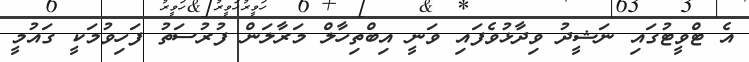
އެ ޓްވީޓުގައި ނަޝީދު ވިދާޅުވެފައި ވަނީ އިބްތިހާލް މަރާލަން ފުރުސަތު ފަހިވުމަކީ ގައުމީ